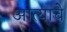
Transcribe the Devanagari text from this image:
आत्याचे